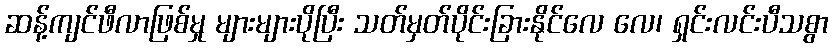
ဆန့်ကျင်ဖီလာဖြစ်မှု များများပိုပြီး သတ်မှတ်ပိုင်းခြားနိုင်လေ လေ၊ ရှင်းလင်းပီသစွာ